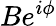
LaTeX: Be^{i\phi}